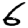
Digit: 6